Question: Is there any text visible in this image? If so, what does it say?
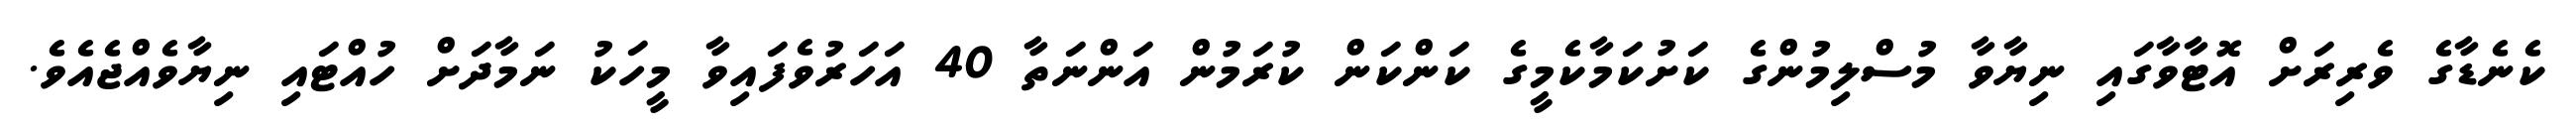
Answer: ކެނެޑާގެ ވެރިރަށް އޮޓާވާގައި ނިޔާވާ މުސްލިމުންގެ ކަށުކަމާކެމީގެ ކަންކަން ކުރަމުން އަންނަތާ 40 އަހަރުވެފައިވާ މީހަކު ނަމާދަށް ހުއްޓައި ނިޔާވެއްޖެއެވެ.